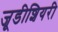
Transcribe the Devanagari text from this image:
जूडीशियरी